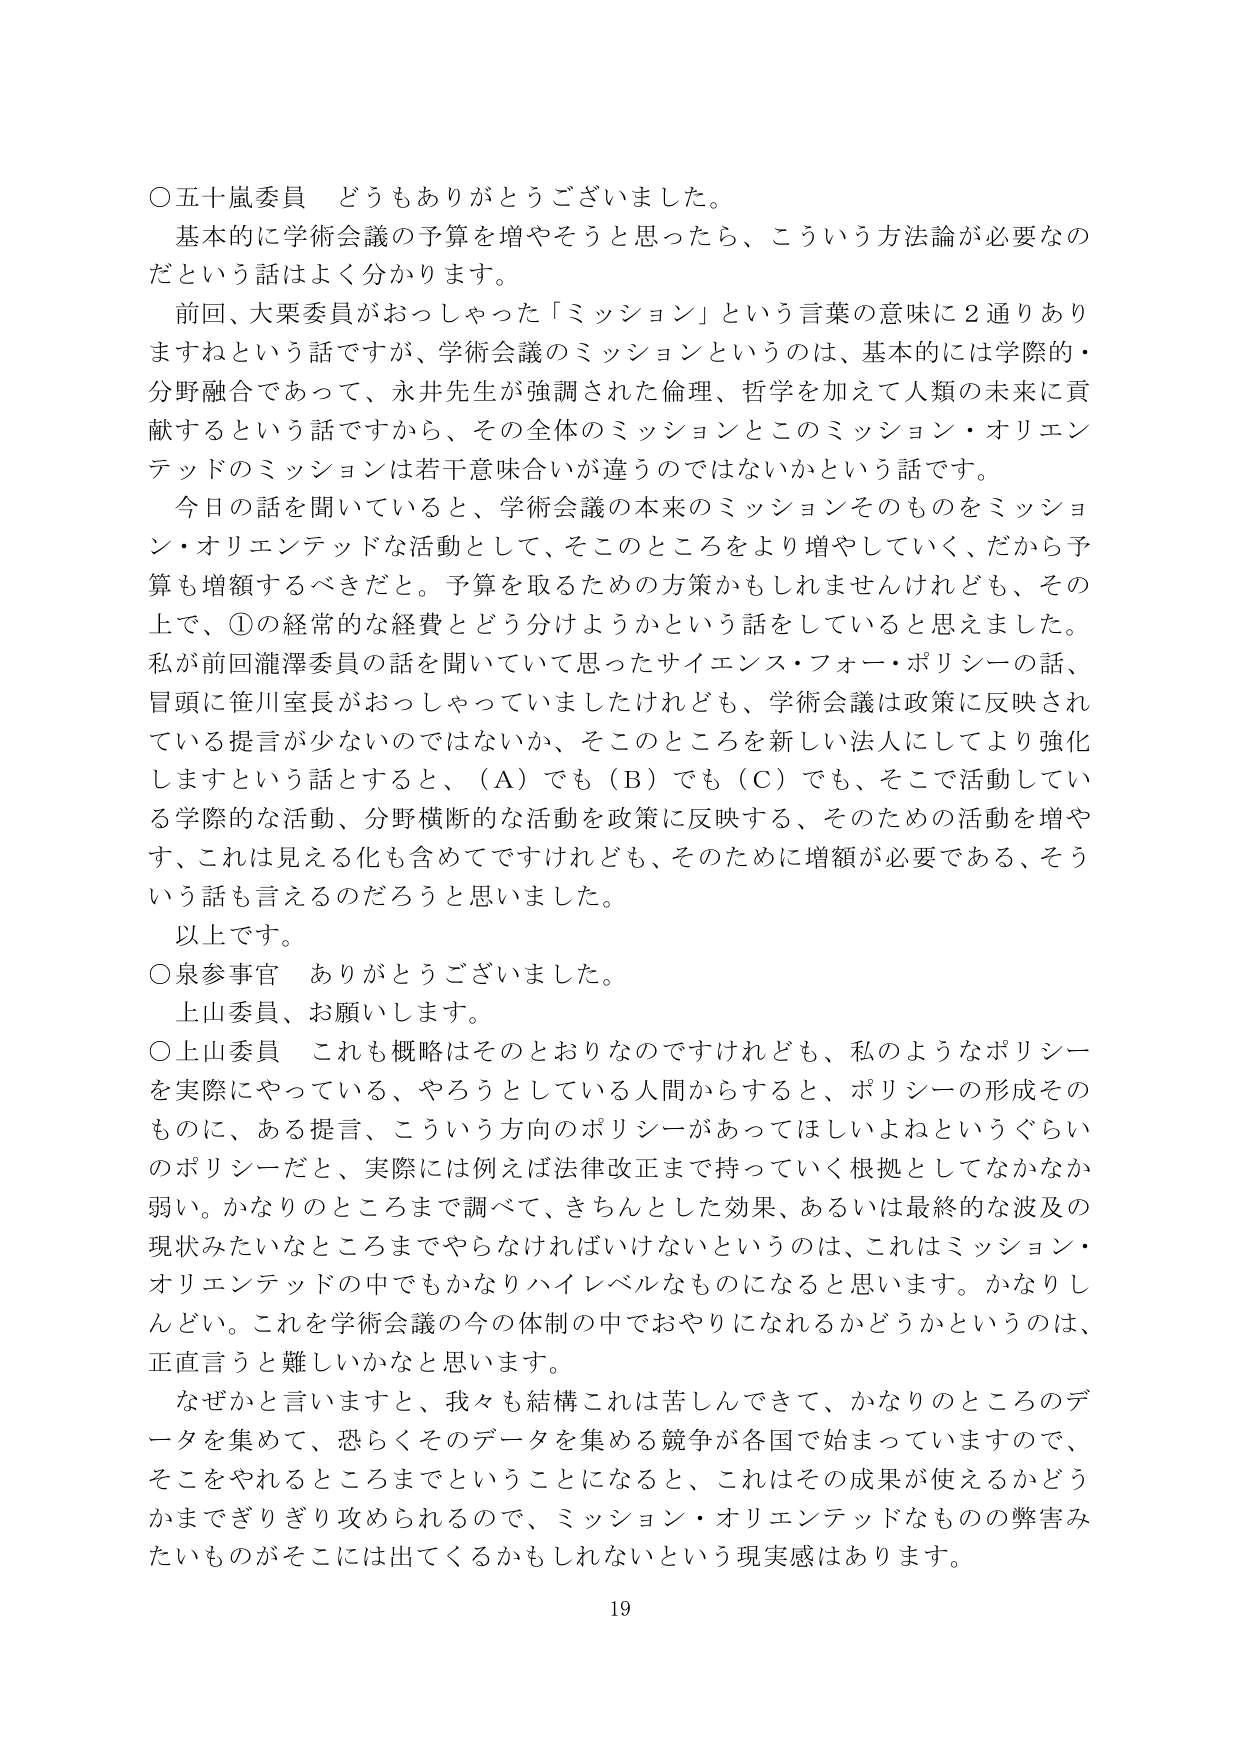
○五十嵐委員 どうもありがとうございました。
基本的に学術会議の予算を増やそうと思ったら、こういう方法論が必要なの
だという話はよく分かります。
前回、大栗委員がおっしゃった「ミッション」という言葉の意味に２通りあり
ますねという話ですが、学術会議のミッションというのは、基本的には学際的・
分野融合であって、永井先生が強調された倫理、哲学を加えて人類の未来に貢
献するという話ですから、その全体のミッションとこのミッション・オリエン
テッドのミッションは若干意味合いが違うのではないかという話です。
今日の話を聞いていると、学術会議の本来のミッションそのものをミッショ
ン・オリエンテッドな活動として、そこのところをより増やしていく、だから予
算も増額するべきだと。予算を取るための方策かもしれませんが、その
上で、①の経常的な経費とどう分けようかという話をしていると思いました。
私が前回瀧澤委員の話を聞いていて思ったサイエンス・フォー・ポリシーの話、
冒頭に笹川室長がおっしゃっていましたけれども、学術会議は政策に反映され
ている提言が少ないのではないか、そこのところを新しい法人にしてより強化
しますという話とすると、（Ａ）でも（Ｂ）でも（Ｃ）でも、そこで活動してい
る学際的な活動、分野横断的な活動を政策に反映する、そのための活動を増や
す、これは見える化も含めてですけれども、そのために増額が必要である、そう
いう話も言えるのだろうと思いました。
以上です。
○泉参事官 ありがとうございました。
上山委員、お願いします。
○上山委員 これも概略はそのとおりなのですが、私のようなポリシー
を実際にやっている、やろうとしている人間からすると、ポリシーの形成その
ものに、ある提言、こういう方向のポリシーがあってほしいよねというぐらい
のポリシーだと、実際には例えば法律改正まで持っていく根拠としてなかなか
弱い。かなりのところまで調べて、きちんとした効果、あるいは最終的な波及の
現状みたいなところまでやらなければならないというのは、これはミッション・
オリエンテッドの中でもかなりハイレベルなものになると思います。かなりし
んどい。これを学術会議の今の体制の中でおやりになれるかどうかというのは、
正直言うと難しいかなと思います。
なぜかと言いますと、我々も結構これは苦しんできて、かなりのところのデ
ータを集めて、恐らくそのデータを集める競争が各国で始まっていますので、
そこをやれるところまでということになると、これはその成果が使えるかどう
かまでぎりぎり攻められるので、ミッション・オリエンテッドなものの弊害み
たいものがそこには出てくるかもしれないという現実感はあります。
19